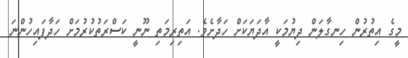
މީގެ އިތުރުން ހިނގާލަން ދިޔުމަކީ އާދަޔަކަށް ހަދާށެވެ. އަތިރިމަތި ނޫނީ ކަސްރަތުކުރުމަށް ހަދާފައިހުންނަ